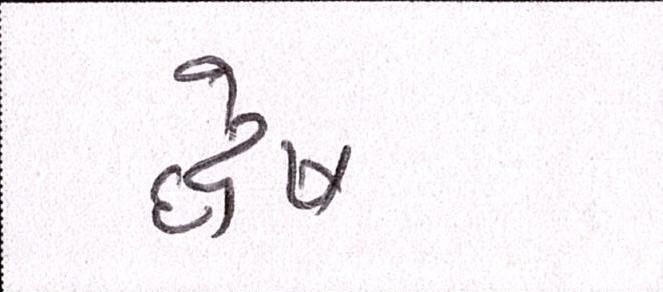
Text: દ્વેષ